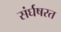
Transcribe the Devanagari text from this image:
संर्घषरत